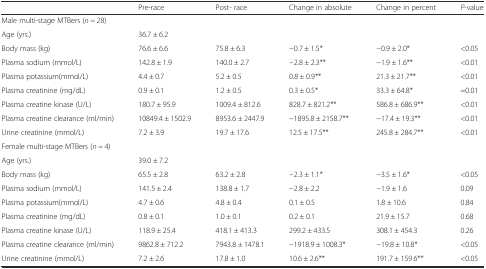
<table><thead><tr><td></td><td><b>Pre-race</b></td><td><b>Post- race</b></td><td><b>Change in absolute</b></td><td><b>Change in percent</b></td><td><b><i>P</i>-value</b></td></tr></thead><tbody><tr><td colspan="6">Male multi-stage MTBers (<i>n =</i> 28)</td></tr><tr><td>Age (yrs.)</td><td>36.7 ± 6.2</td><td></td><td></td><td></td><td></td></tr><tr><td>Body mass (kg)</td><td>76.6 ± 6.6</td><td>75.8 ± 6.3</td><td>−0.7 ± 1.5*</td><td>−0.9 ± 2.0*</td><td>&lt;0.05</td></tr><tr><td>Plasma sodium (mmol/L)</td><td>142.8 ± 1.9</td><td>140.0 ± 2.7</td><td>−2.8 ± 2.3**</td><td>−1.9 ± 1.6**</td><td>&lt;0.01</td></tr><tr><td>Plasma potassium(mmol/L)</td><td>4.4 ± 0.7</td><td>5.2 ± 0.5</td><td>0.8 ± 0.9**</td><td>21.3 ± 21.7**</td><td>&lt;0.01</td></tr><tr><td>Plasma creatinine (mg/dL)</td><td>0.9 ± 0.1</td><td>1.2 ± 0.5</td><td>0.3 ± 0.5*</td><td>33.3 ± 64.8*</td><td>=0.01</td></tr><tr><td>Plasma creatine kinase (U/L)</td><td>180.7 ± 95.9</td><td>1009.4 ± 812.6</td><td>828.7 ± 821.2**</td><td>586.8 ± 686.9**</td><td>&lt;0.01</td></tr><tr><td>Plasma creatine clearance (ml/min)</td><td>10849.4 ± 1502.9</td><td>8953.6 ± 2447.9</td><td>−1895.8 ± 2158.7**</td><td>−17.4 ± 19.3**</td><td>&lt;0.01</td></tr><tr><td>Urine creatinine (mmol/L)</td><td>7.2 ± 3.9</td><td>19.7 ± 17.6</td><td>12.5 ± 17.5**</td><td>245.8 ± 284.7**</td><td>&lt;0.01</td></tr><tr><td colspan="6">Female multi-stage MTBers (<i>n =</i> 4)</td></tr><tr><td>Age (yrs.)</td><td>39.0 ± 7.2</td><td></td><td></td><td></td><td></td></tr><tr><td>Body mass (kg)</td><td>65.5 ± 2.8</td><td>63.2 ± 2.8</td><td>−2.3 ± 1.1*</td><td>−3.5 ± 1.6*</td><td>&lt;0.05</td></tr><tr><td>Plasma sodium (mmol/L)</td><td>141.5 ± 2.4</td><td>138.8 ± 1.7</td><td>−2.8 ± 2.2</td><td>−1.9 ± 1.6</td><td>0.09</td></tr><tr><td>Plasma potassium(mmol/L)</td><td>4.7 ± 0.6</td><td>4.8 ± 0.4</td><td>0.1 ± 0.5</td><td>1.8 ± 10.6</td><td>0.84</td></tr><tr><td>Plasma creatinine (mg/dL)</td><td>0.8 ± 0.1</td><td>1.0 ± 0.1</td><td>0.2 ± 0.1</td><td>21.9 ± 15.7</td><td>0.68</td></tr><tr><td>Plasma creatine kinase (U/L)</td><td>118.9 ± 25.4</td><td>418.1 ± 413.3</td><td>299.2 ± 433.5</td><td>308.1 ± 454.3</td><td>0.26</td></tr><tr><td>Plasma creatine clearance (ml/min)</td><td>9862.8 ± 712.2</td><td>7943.8 ± 1478.1</td><td>−1918.9 ± 1008.3*</td><td>−19.8 ± 10.8*</td><td>&lt;0.05</td></tr><tr><td>Urine creatinine (mmol/L)</td><td>7.2 ± 2.6</td><td>17.8 ± 1.0</td><td>10.6 ± 2.6**</td><td>191.7 ± 159.6**</td><td>&lt;0.05</td></tr></tbody></table>